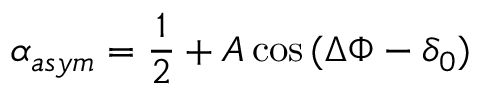
\alpha _ { a s y m } = \frac { 1 } { 2 } + A \cos { ( \Delta \Phi - \delta _ { 0 } ) }